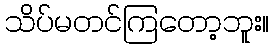
သိပ်မတင်ကြတော့ဘူး။